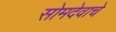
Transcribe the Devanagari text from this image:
सोमदेवाचे